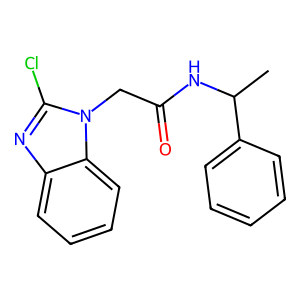
SMILES: CC(NC(=O)Cn1c(Cl)nc2ccccc21)c1ccccc1
Inhibits HIV replication: No